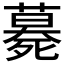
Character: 𱥕